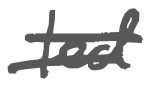
Text: led
Cross-out: double-line
Writing tool: digital_gray